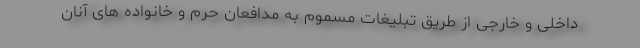
داخلی و خارجی از طریق تبلیغات مسموم به مدافعان حرم و خانواده های آنان